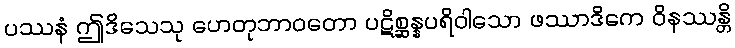
ပဿနံ ဤဒိသေသု ဟေတုဘာဝတော ပဋိစ္ဆန္နပရိဝါသော ဖဿာဒိကေ ဝိနဿန္တိ